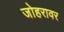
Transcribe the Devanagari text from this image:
जोहरावर